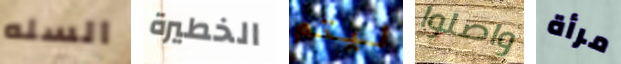
السله الخطيرة ليتم واصلوا مرأة